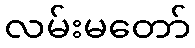
လမ်းမတော်